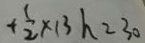
+ \frac { 1 } { 2 } \times 1 3 h = 3 0